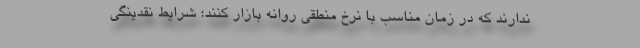
ندارند که در زمان مناسب با نرخ منطقی روانه بازار کنند؛ شرایط نقدینگی